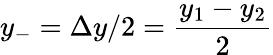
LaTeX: y_{-}=\Delta{y}/2=\frac{y_{1}-y_{2}}{2}